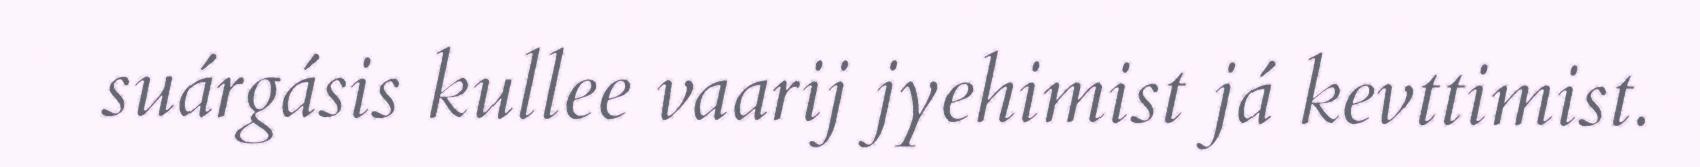
suárgásis kullee vaarij jyehimist já kevttimist.